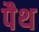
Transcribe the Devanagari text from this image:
पैथ